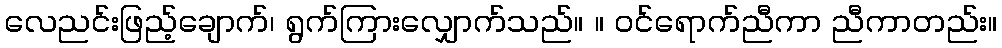
လေညင်းဖြည့်ချောက်၊ ရွက်ကြားလျှောက်သည်။ ။ ဝင်ရောက်ညီကာ ညီကာတည်း။